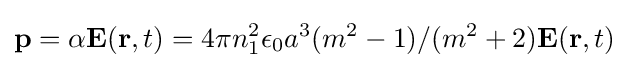
\mathbf {p} =\alpha \mathbf {E} (\mathbf {r} ,t)=4\pi n_{1}^{2}\epsilon _{0}a^{3}(m^{2}-1)/(m^{2}+2)\mathbf {E} (\mathbf {r} ,t)